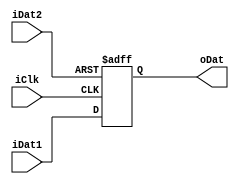
module Ques3_NoReset(
	input iClk, iDat1, iDat2,
	output reg oDat
);

	always@(posedge iClk or negedge iDat2)
	begin
		if(!iDat2)
			oDat<=0;
		else
			oDat<=iDat1;
	end

endmodule